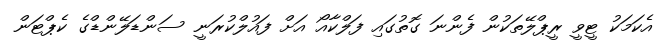
އެކަމަކު ޓީވީ ރީޕްލޭތަކުން ފެންނަ ގޮތުގައި ފަލްކާއޯ އަށް ފައުލްކުރަނީ ސަންޑަލޭންޑްގެ ކެޕްޓަން